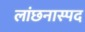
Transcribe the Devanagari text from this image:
लांछनास्‍पद